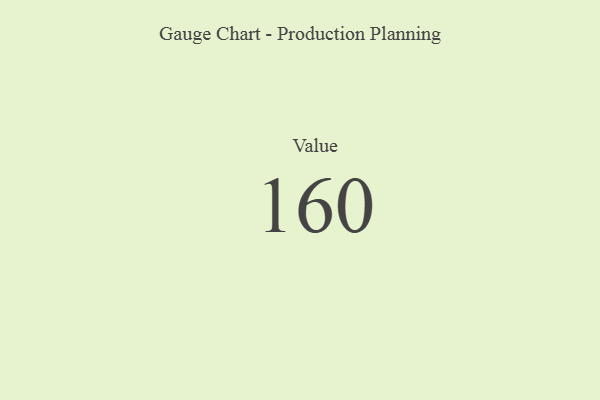
{"axis": {"x": "Metric", "y": "Value"}, "legend": [""], "data": [{"x": "Value", "y": 160, "type": ""}]}